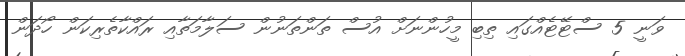
ވަނީ 5 ސްޓޭޓެއްގައި ތިބި މީހުންނަށް އުސް ތަންތަނުން ސަލާމަތާއި ރައްކާތެރިކަން ހޯދަން